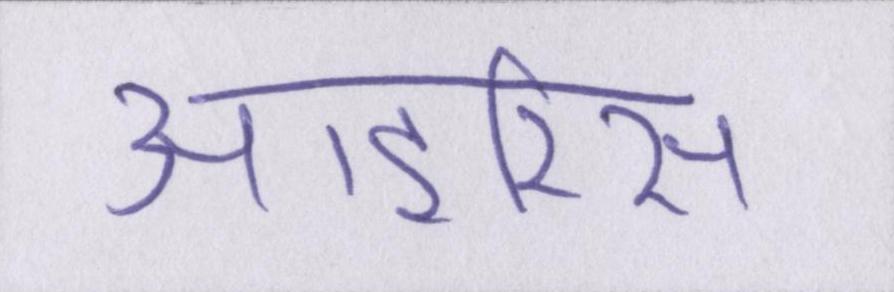
आइरिस